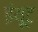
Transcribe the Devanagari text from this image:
इंयूट